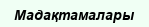
Мадақтамалары